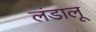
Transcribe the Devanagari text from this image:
लंडालू